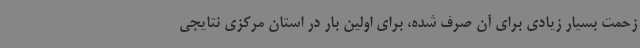
زحمت بسیار زیادی برای آن صرف شده، برای اولین بار در استان مرکزی نتایجی